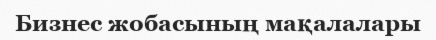
Бизнес жобасының мақалалары